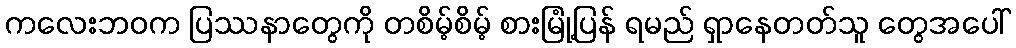
ကလေးဘဝက ပြဿနာတွေကို တစိမ့်စိမ့် စားမြုံ့ပြန် ရမည် ရှာနေတတ်သူ တွေအပေါ်